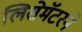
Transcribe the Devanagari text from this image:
लिसेमॅटरने